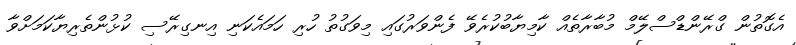
އެގޮތުން ގްރޭންޑްސްލޭމް މުބާރާތެއް ކާމިޔާބުކުރެވޭ ފެންވަރުގައި މިވަގުތު ހުރި ހަމައެކަނި އިނގިރޭސި ކުޅުންތެރިޔާކަމަށްވާ